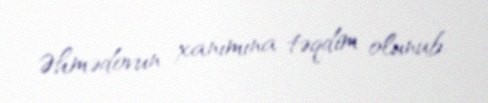
Əhmədovun xanımına təqdim olunub.